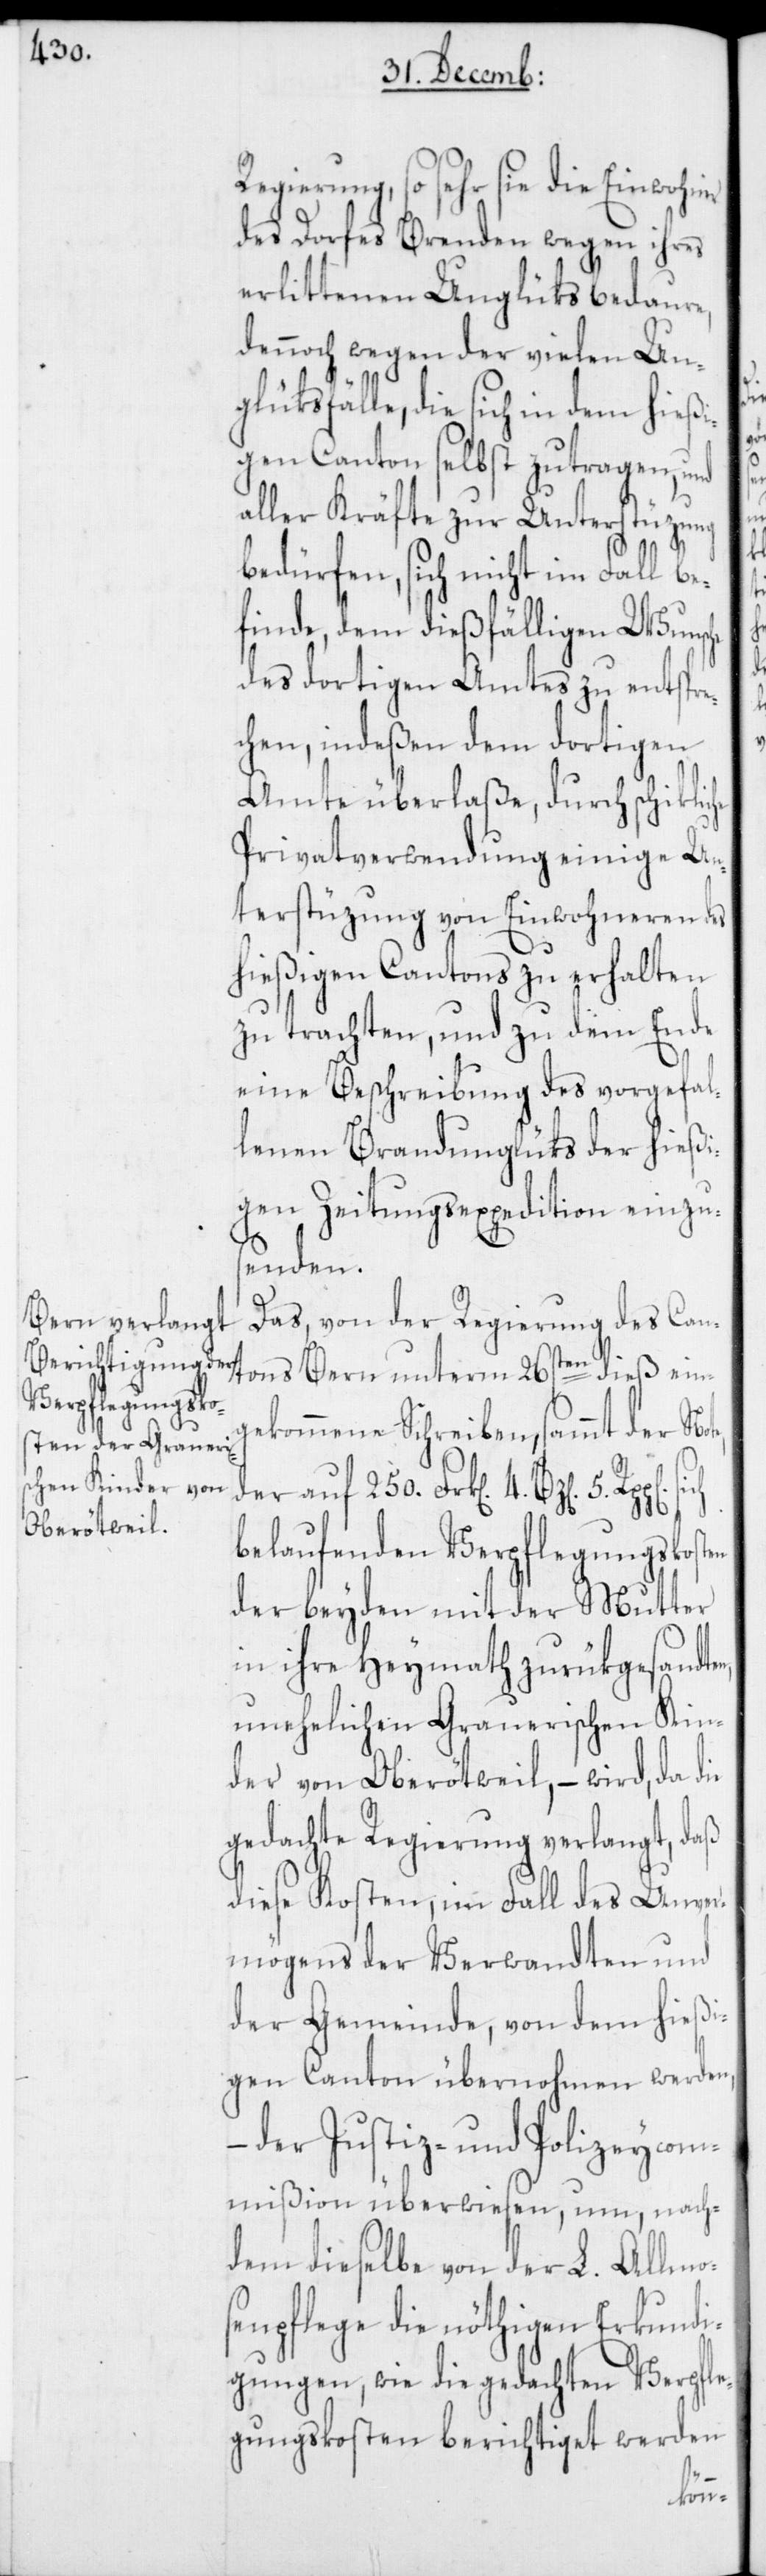
Regierung, so sehr sie die Einwohner
des Dorfes Brenden wegen ihres
erlittenen Unglüks bedaure,
dennoch wegen der vielen Un¬
glüksfälle, die sich in dem hießi¬
gen Canton selbst zutragen, und
aller Kräfte zur Unterstüzung
n,
bedürfen, sich nicht im Fall be¬
finde, dem dießfälligen Wunsche
des dortigen Amtes zu entspre¬
chen, indeßen dem dortigen
Amte überlaße, durch schikli¬
Privatverwendung einige Un¬
terstüzung von Einwohneren des
hießigen Cantons zu erhalten
zu trachten, und zu dem Ende
eine Beschreibung des vorgefal¬
lenen Brandunglüks der hießi¬
gen Zeitungsexpedition einzu¬
senden.
Das, von der Regierung des Cant¬
ons Bern unterm 26sten dieß ein¬
gekommene Schreiben, sammt der Note,
der auf 250. Frk[en] 4. Bz[en]
belaufenden Verpflegungskosten
der beyden mit der Mutter
in ihre Heymath zurükgesandte¬
unehelichen Grauerischen Kin¬
der von Oberötweil, – wird, da die
gedachte Regierung verlangt, daß
diese Kosten, im Fall des Unver¬
mögens der Verwandten und
der Gemeinde, von dem hießi¬
gen Canton übernohmen werden,
– der Justiz- und Polizeycom¬
mißion überwiesen, um, nach¬
dem dieselbe von der L. Allmo¬
senpflege die nöthigen Erkundi¬
gungen, wie die gedachten Verpfle¬
gungskosten berichtiget werden